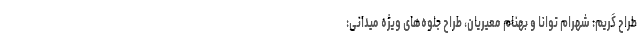
طراح گریم: شهرام توانا و بهنام معیریان، طراح جلوه‌های ویژه میدانی: